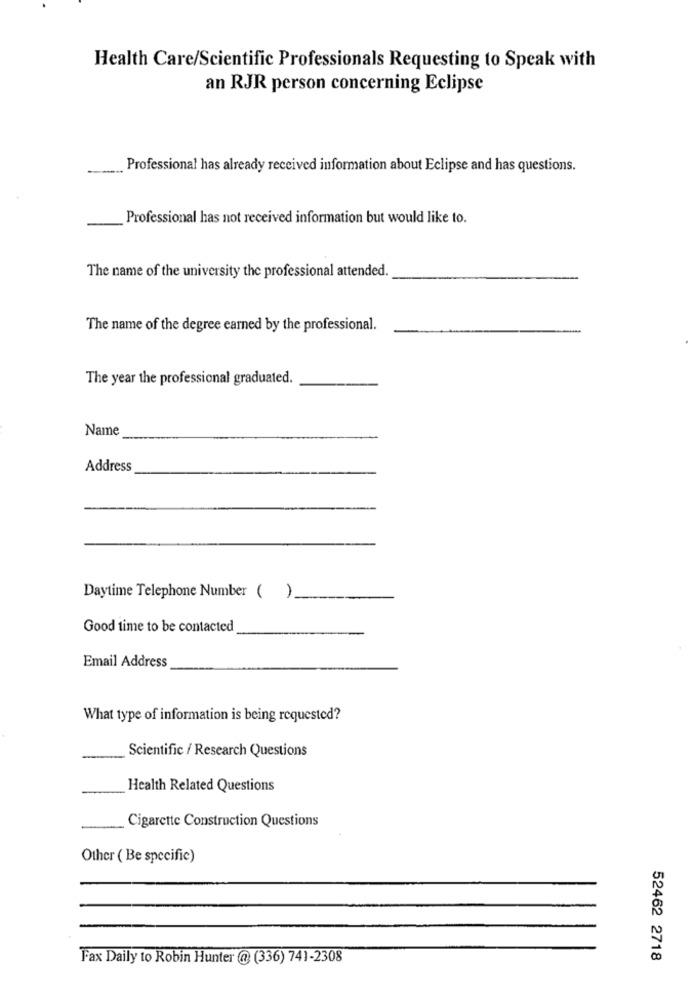
Health Care/Scientific Professionals Requesting to Speak with
an RJR person concerning Eclipse
Professional has already received information about Eclipse and has questions.
Professional has not received information but would like to.
The name of the university the professional attended.
The name of the degree earned by the professional.
The year the professional graduated.
Name
Address
Daytime Telephone Number ( )
Good time to be contacted
Email Address
What type of information is being requested?
Scientific / Research Questions
Health Related Questions
Cigarette Construction Questions
Other ( Be specific)
Fax Daily to Robin Hunter @ (336) 741-2308
52462 2718